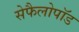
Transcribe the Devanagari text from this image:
सेफैलोपॉड